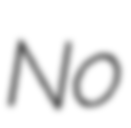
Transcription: No